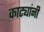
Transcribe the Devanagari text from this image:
काट्यांनी